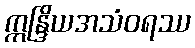
ဣန္ဒြိယအသံဝရဿ